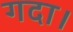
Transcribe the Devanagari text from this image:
गदा।